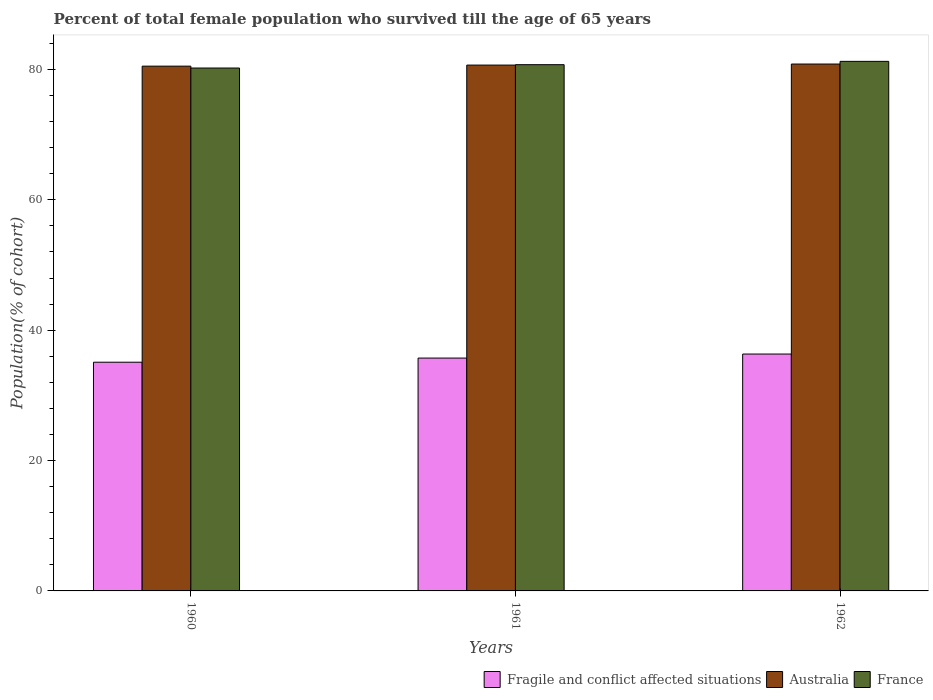
| Years | Fragile and conflict affected situations | Australia | France |
 | --- | --- | --- | --- |
 | 1960 | 35.1 | 80.5 | 80.2 |
 | 1961 | 35.7 | 80.7 | 80.7 |
 | 1962 | 36.3 | 80.8 | 81.2 |